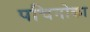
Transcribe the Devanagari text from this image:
पचिनोका